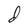
Character: d